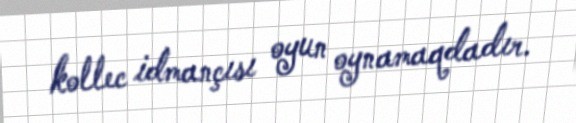
kollec idmançısı oyun oynamaqdadır.